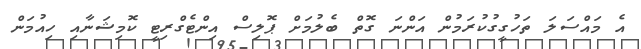
އެ މައްސަލަ ތަހުގީގުކުރަމުން އަންނަ ގޮތް ބެލުމަށް ޕޮލިސް އިންޓެގްރިޓީ ކޮމިޝަނާއި ހިއުމަން